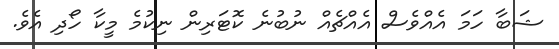
ޝަބާ ހަމަ އެއްވެސް އެއްޗެއް ނުބުނެ ކޮޓަރިން ނިކުމެ މީކާ ހޯދި އެވެ.